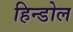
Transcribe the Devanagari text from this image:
हिन्डोल